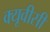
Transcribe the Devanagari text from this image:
क्यूवीसी